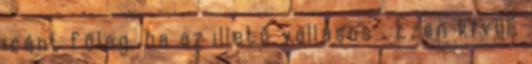
iránt főleg, ha az illető vallásos . Ezen kívül,